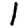
Digit: 1